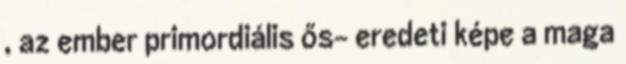
, az ember primordiális ős- eredeti képe a maga